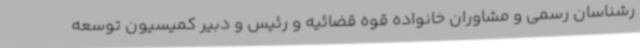
رشناسان رسمی و مشاوران خانواده قوه قضائیه و رئیس و دبیر کمیسیون توسعه